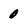
Character: 0